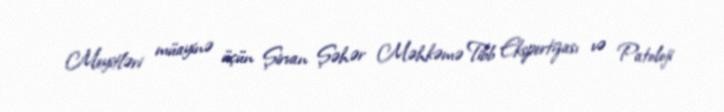
Meyitləri müayinə üçün Şirvan Şəhər Məhkəmə Tibb Ekspertizası və Patoloji